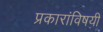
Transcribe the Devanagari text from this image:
प्रकारांविषयी